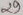
Text: 29